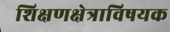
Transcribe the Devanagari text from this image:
शिक्षणक्षेत्राविषयक